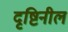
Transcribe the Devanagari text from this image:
दृष्टिनील